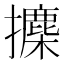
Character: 𪮾